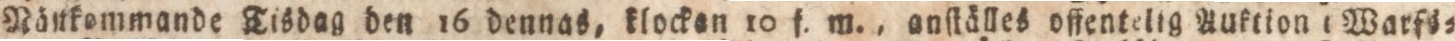
Nältkommande Tisdag den 16 dennas, klockan 10 f. m., anſkålles offentelig Anktion i Warfö=